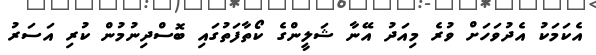
އެކަމަކު އެދުވަހަށް ވުރެ މިއަދު އޭނާ ޝަލީންގެ ކޯތާފަތުގައި ބޮސްދިނުމުން ކުރި އަސަރު